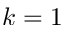
k = 1